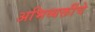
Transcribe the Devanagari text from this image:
अभिव्यक्तींचे